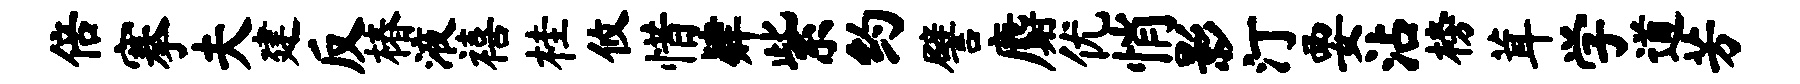
倍搴夫建反椿液禧桂攸惜肄紫约譬麝优悄影汀要沾榜茸学道芳